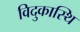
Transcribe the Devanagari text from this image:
विदुकास्थि